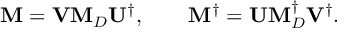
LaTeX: { \bf M } = { \bf V } { \bf M } _ { D } { \bf U } ^ { \dagger } , \qquad { \bf M ^ { \dagger } } = { \bf U } { \bf M } _ { D } ^ { \dagger } { \bf V } ^ { \dagger } .